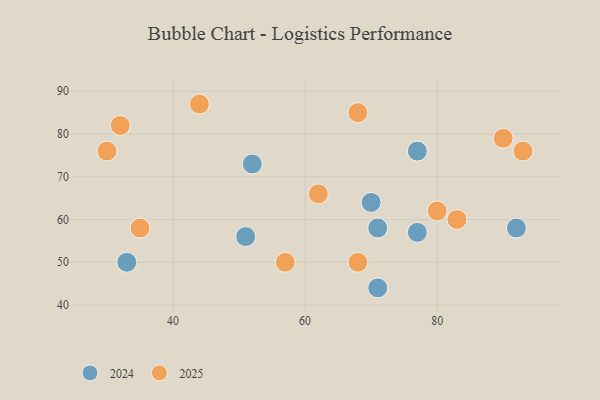
{"axis": {"x": "GDP", "y": "Life Expectancy"}, "legend": ["2024", "2025"], "data": [{"x": "71", "y": 58, "type": "2024"}, {"x": "77", "y": 57, "type": "2024"}, {"x": "52", "y": 73, "type": "2024"}, {"x": "71", "y": 44, "type": "2024"}, {"x": "51", "y": 56, "type": "2024"}, {"x": "70", "y": 64, "type": "2024"}, {"x": "77", "y": 76, "type": "2024"}, {"x": "92", "y": 58, "type": "2024"}, {"x": "33", "y": 50, "type": "2024"}, {"x": "83", "y": 60, "type": "2025"}, {"x": "57", "y": 50, "type": "2025"}, {"x": "80", "y": 62, "type": "2025"}, {"x": "44", "y": 87, "type": "2025"}, {"x": "32", "y": 82, "type": "2025"}, {"x": "30", "y": 76, "type": "2025"}, {"x": "90", "y": 79, "type": "2025"}, {"x": "62", "y": 66, "type": "2025"}, {"x": "35", "y": 58, "type": "2025"}, {"x": "68", "y": 85, "type": "2025"}, {"x": "93", "y": 76, "type": "2025"}, {"x": "68", "y": 50, "type": "2025"}]}